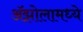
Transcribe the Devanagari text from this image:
ॲझोलामध्ये